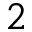
\k _ { 2 }